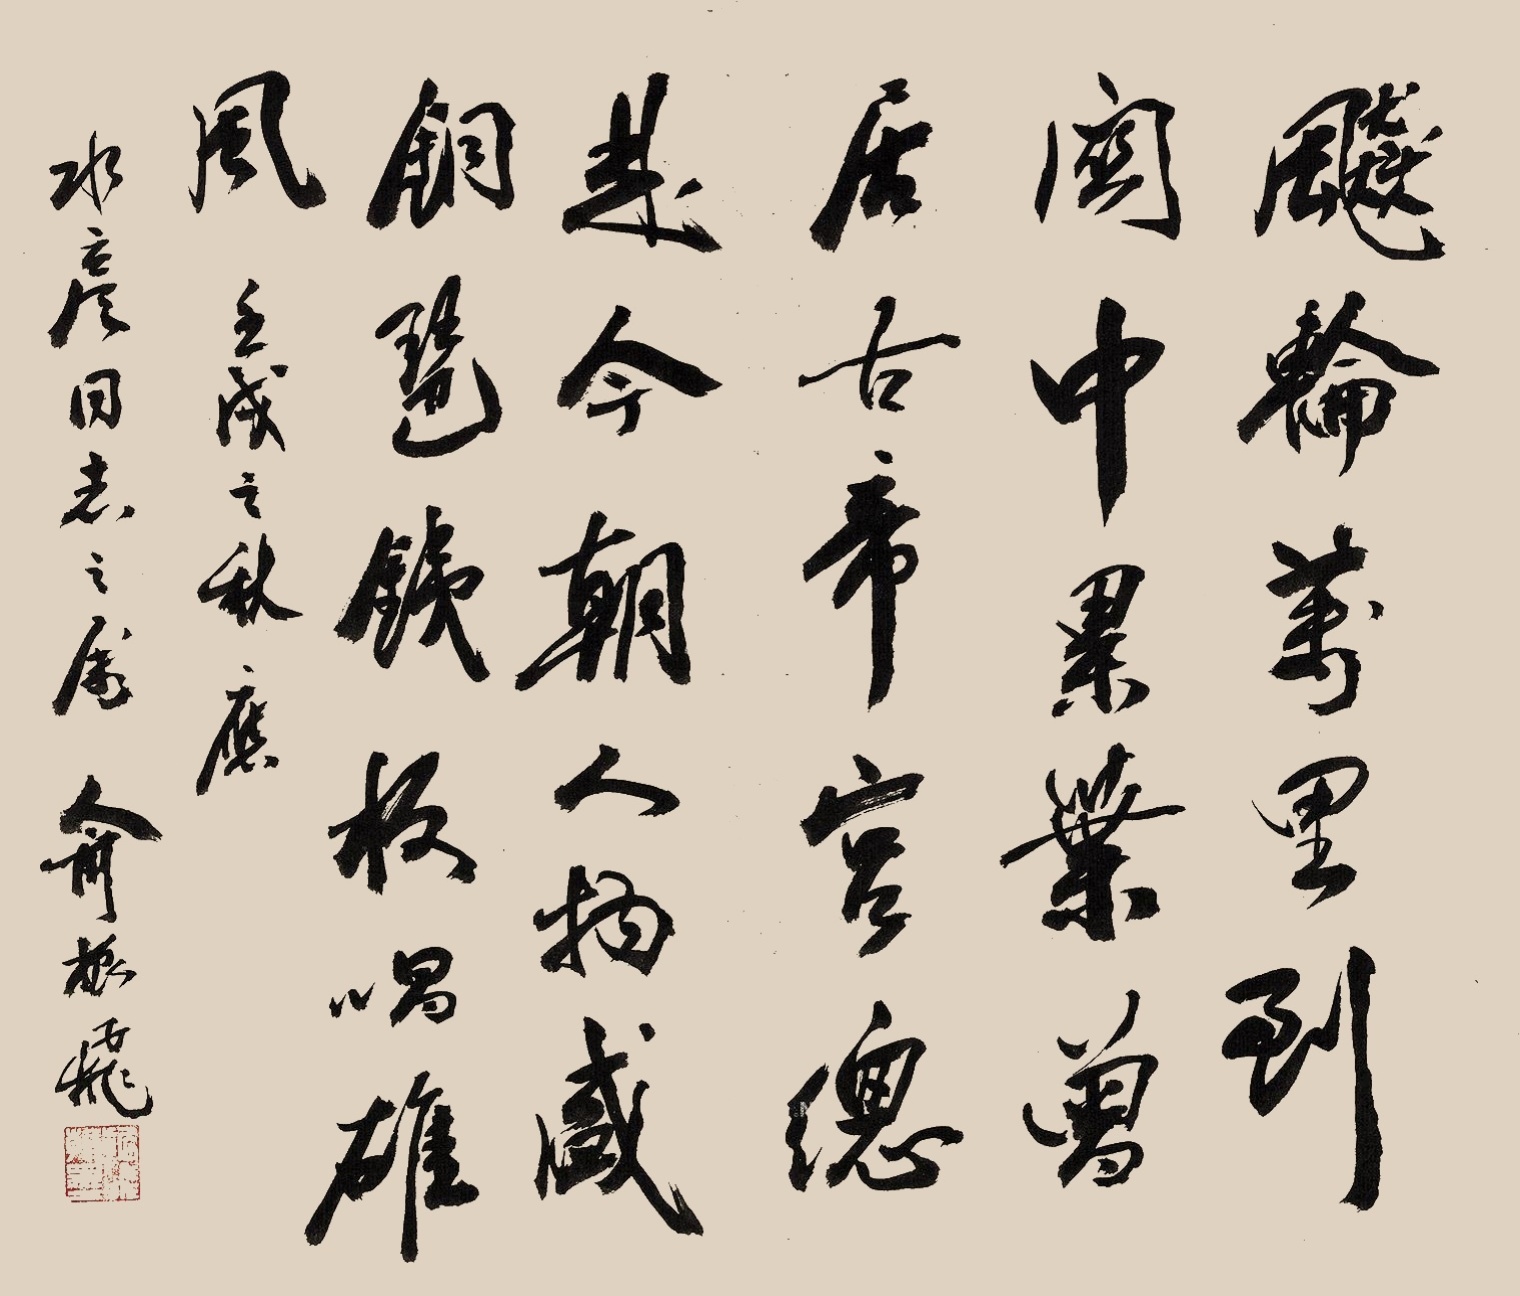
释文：飚轮万里到关中，累叶曾居古帝宫。总是今朝人物盛，铜琶铁板唱雄风。壬戌之秋应水彦同志之属，俞振飞。